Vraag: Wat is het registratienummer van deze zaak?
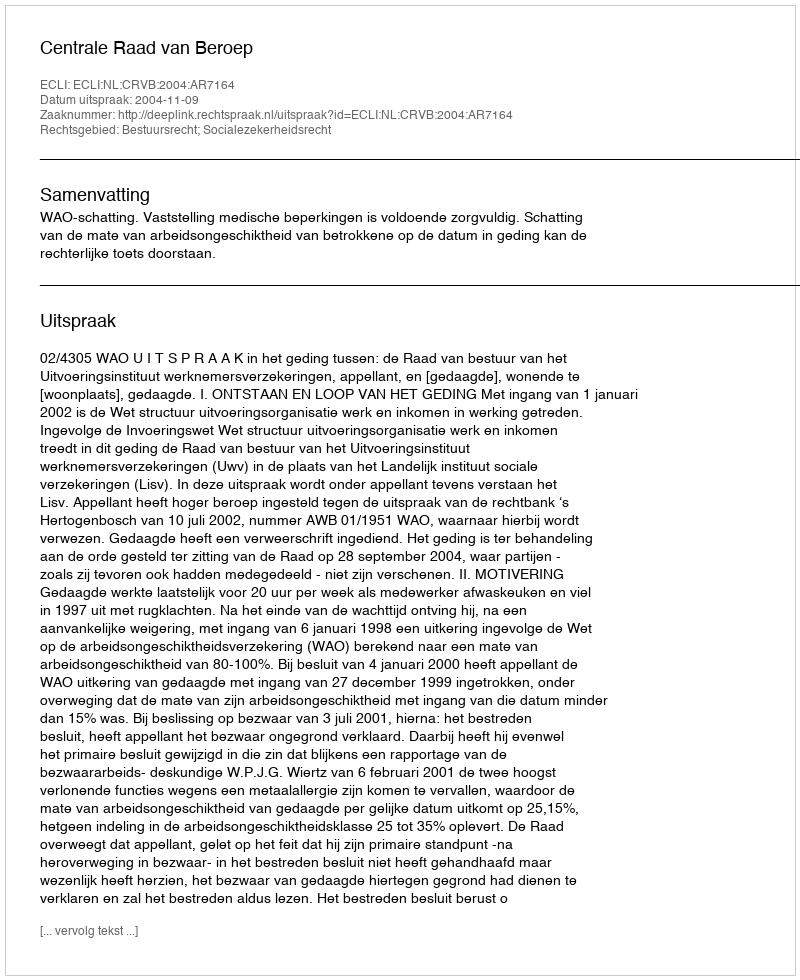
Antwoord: http://deeplink.rechtspraak.nl/uitspraak?id=ECLI:NL:CRVB:2004:AR7164